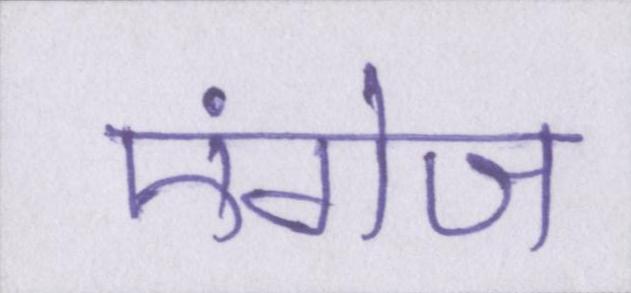
एंगेज